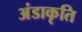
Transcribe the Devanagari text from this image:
अंडाकृति